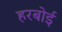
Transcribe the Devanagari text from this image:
हरबोई